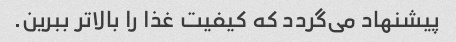
پیشنهاد می‌گردد که کیفیت غذا را بالاتر ببرین.